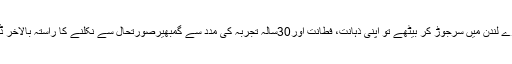
(ن)لیگ کے بڑے لندن میں سرجوڑ کر بیٹھے تو اپنی ذہانت، فطانت اور30سالہ تجربہ کی مدد سے گمبھیرصورتحال سے نکلنے کا راستہ بالآخر ڈھونڈھ ہی نکالا۔